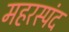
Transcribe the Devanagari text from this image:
महरस्पंद